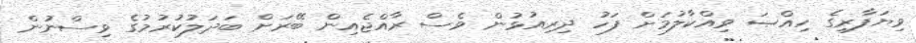
ވިޔަފާރިގެ ހިއްޞަ ވިއްކާލުމަށް ފަހު ދިރިއުޅުން ވެސް ރާއްޖެއިން ބޭރަށް ބަދަލުކުރުމުގެ ވިސްނުން